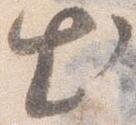
出